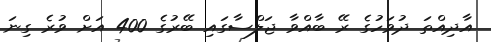
އާދިއްތަ ދުވަހުގެ ރޭ ބާއްވާ ޖަލްސާގައި ބޭރުގެ 400 އަށް ވުރެ ގިނަ